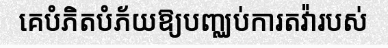
គេបំភិតបំភ័យឱ្យបញ្ឈប់ការតវ៉ារបស់